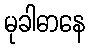
မုခါဓာနေ